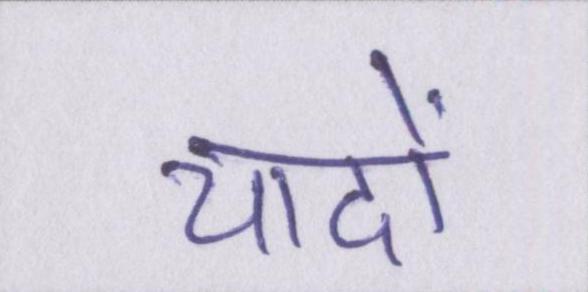
यादों